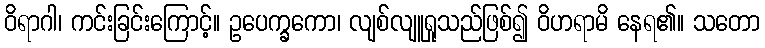
ဝိရာဂါ၊ ကင်းခြင်းကြောင့်။ ဥပေက္ခကော၊ လျစ်လျူရှုသည်ဖြစ်၍ ဝိဟရာမိ နေရ၏။ သတော